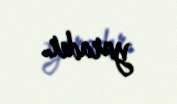
yaradır.